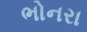
ભોનરા